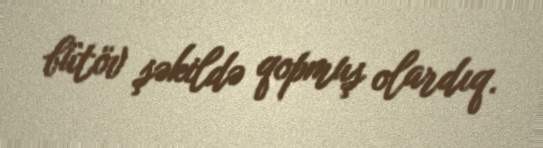
bütöv şəkildə qopmuş olardıq.